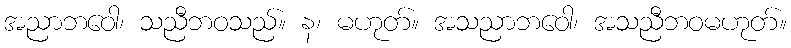
အညာဘဝေါ၊ သညီဘဝသည်။ န၊ မဟုတ်။ အသညာဘဝေါ၊ အသညီဘဝမဟုတ်။